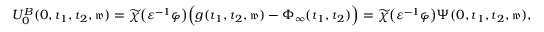
\begin{array} { r } { U _ { 0 } ^ { B } ( 0 , \iota _ { 1 } , \iota _ { 2 } , \mathfrak { w } ) = \widetilde { \chi } \big ( \varepsilon ^ { - 1 } \varphi \big ) \Big ( g ( \iota _ { 1 } , \iota _ { 2 } , \mathfrak { w } ) - \Phi _ { \infty } ( \iota _ { 1 } , \iota _ { 2 } ) \Big ) = \widetilde { \chi } \big ( \varepsilon ^ { - 1 } \varphi \big ) \Psi ( 0 , \iota _ { 1 } , \iota _ { 2 } , \mathfrak { w } ) , } \end{array}